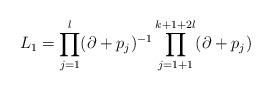
LaTeX: \begin{align*}L_1=\prod_{j=1}^l(\partial+p_j)^{-1}\prod_{j=1+1}^{k+1+2l}(\partial +p_j)\end{align*}